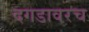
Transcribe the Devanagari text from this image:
दगडावरच